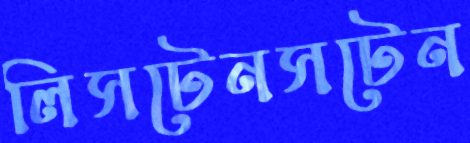
লিসটেনসটেন